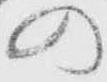
の